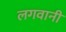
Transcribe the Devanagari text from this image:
लगवानी